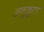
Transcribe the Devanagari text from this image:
अनुकूता